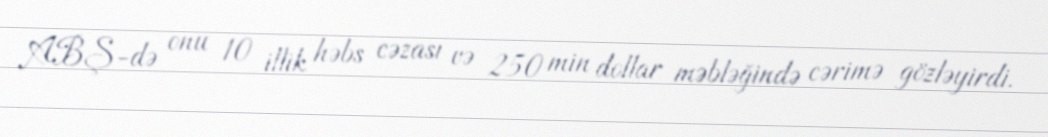
ABŞ-də onu 10 illik həbs cəzası və 250 min dollar məbləğində cərimə gözləyirdi.